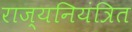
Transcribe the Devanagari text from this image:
राज्यनियंत्रित